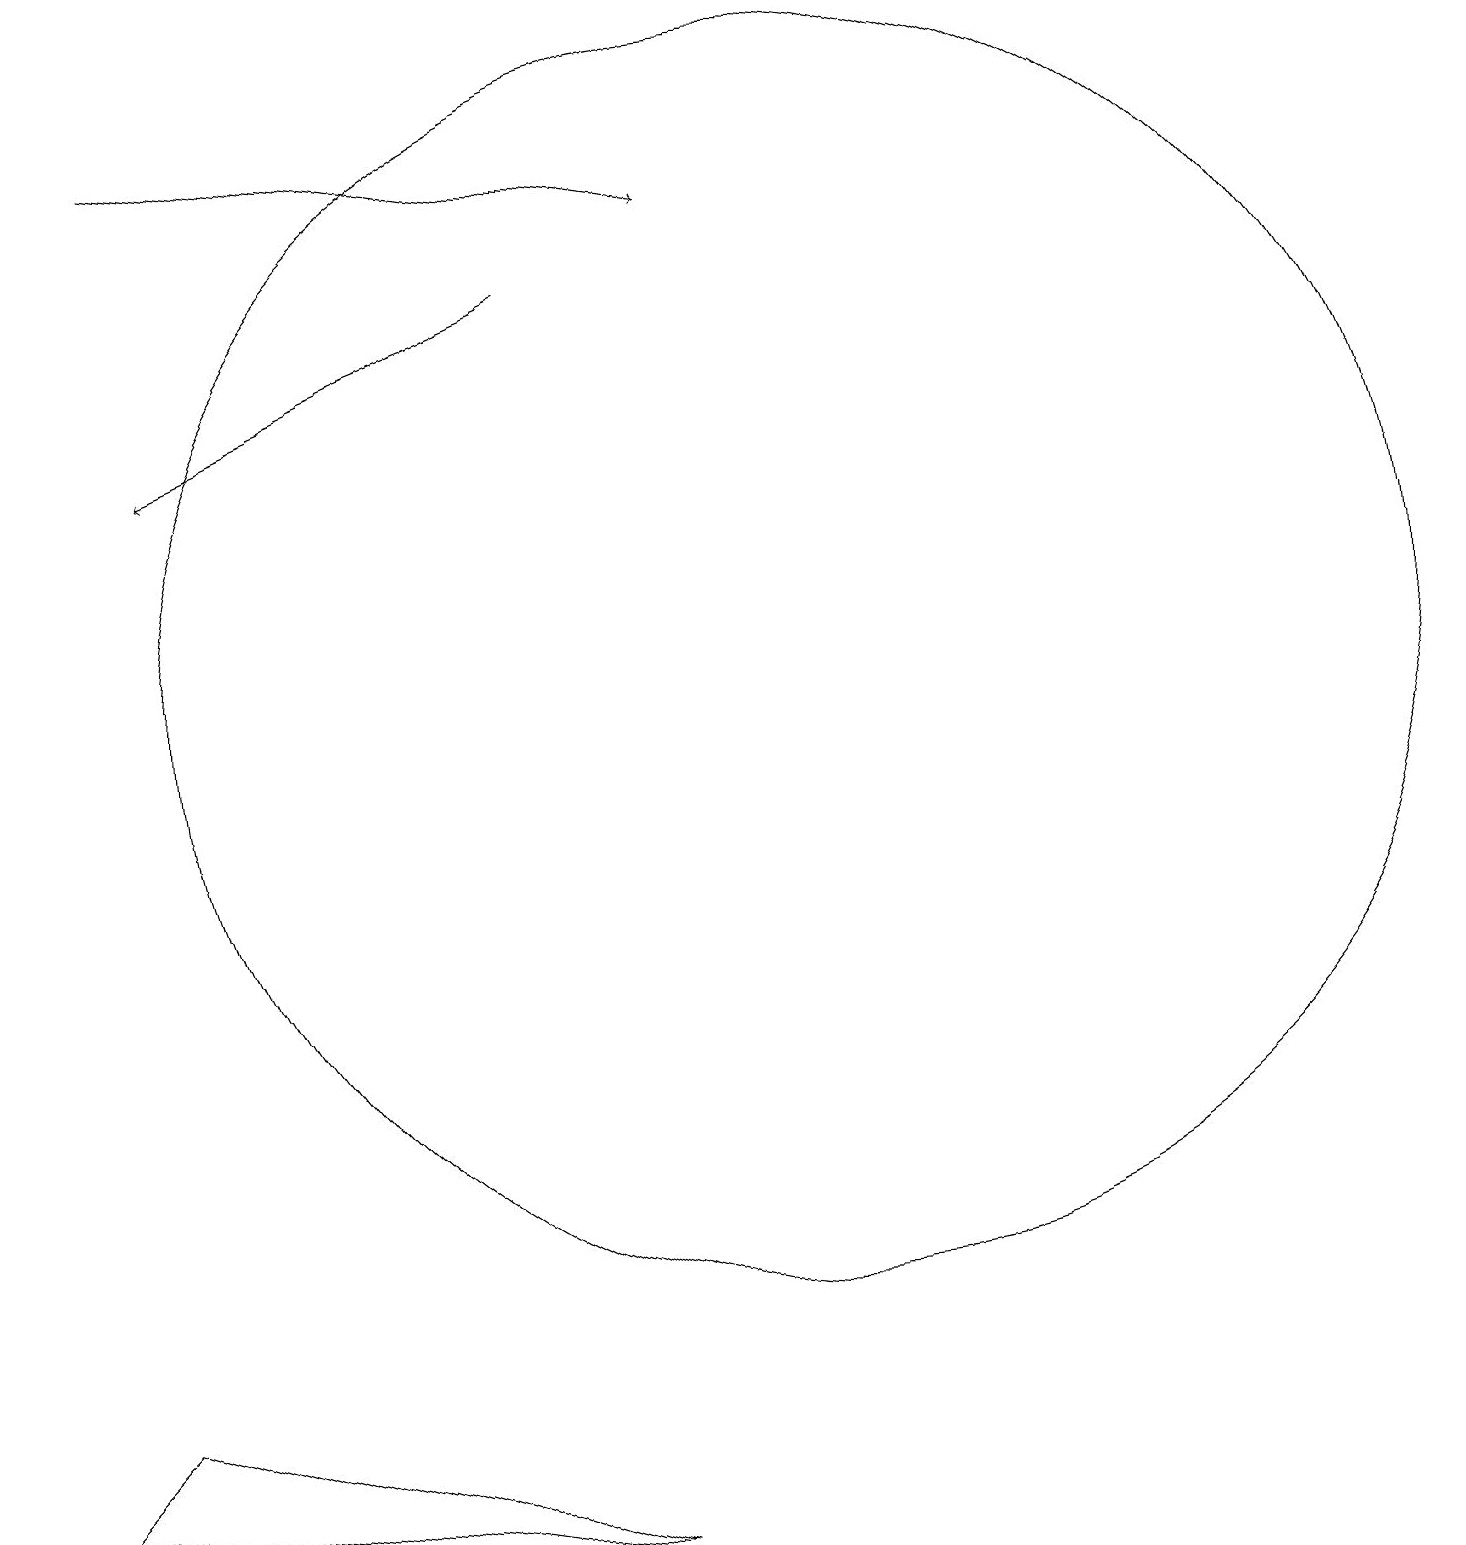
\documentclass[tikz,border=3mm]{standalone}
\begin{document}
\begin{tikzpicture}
\draw (11,11) circle (0);
\draw[->] (7,16) -- (2,14);
\draw (0,1) -- (1,2) -- (7,0) -- cycle;
\draw[->] (2,18) -- (9,17);
\draw (10,11) circle (8);
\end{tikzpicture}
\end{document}